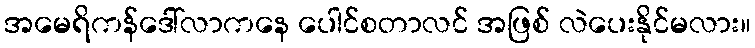
အမေရိကန်ဒေါ်လာကနေ ပေါင်စတာလင် အဖြစ် လဲပေးနိုင်မလား။